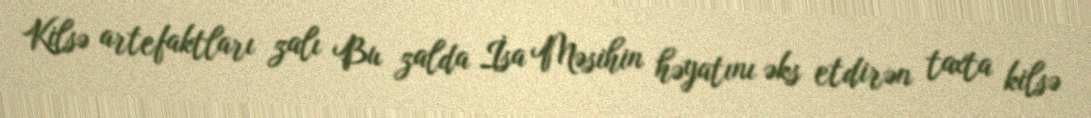
Kilsə artefaktları zalı Bu zalda İsa Məsihin həyatını əks etdirən taxta kilsə